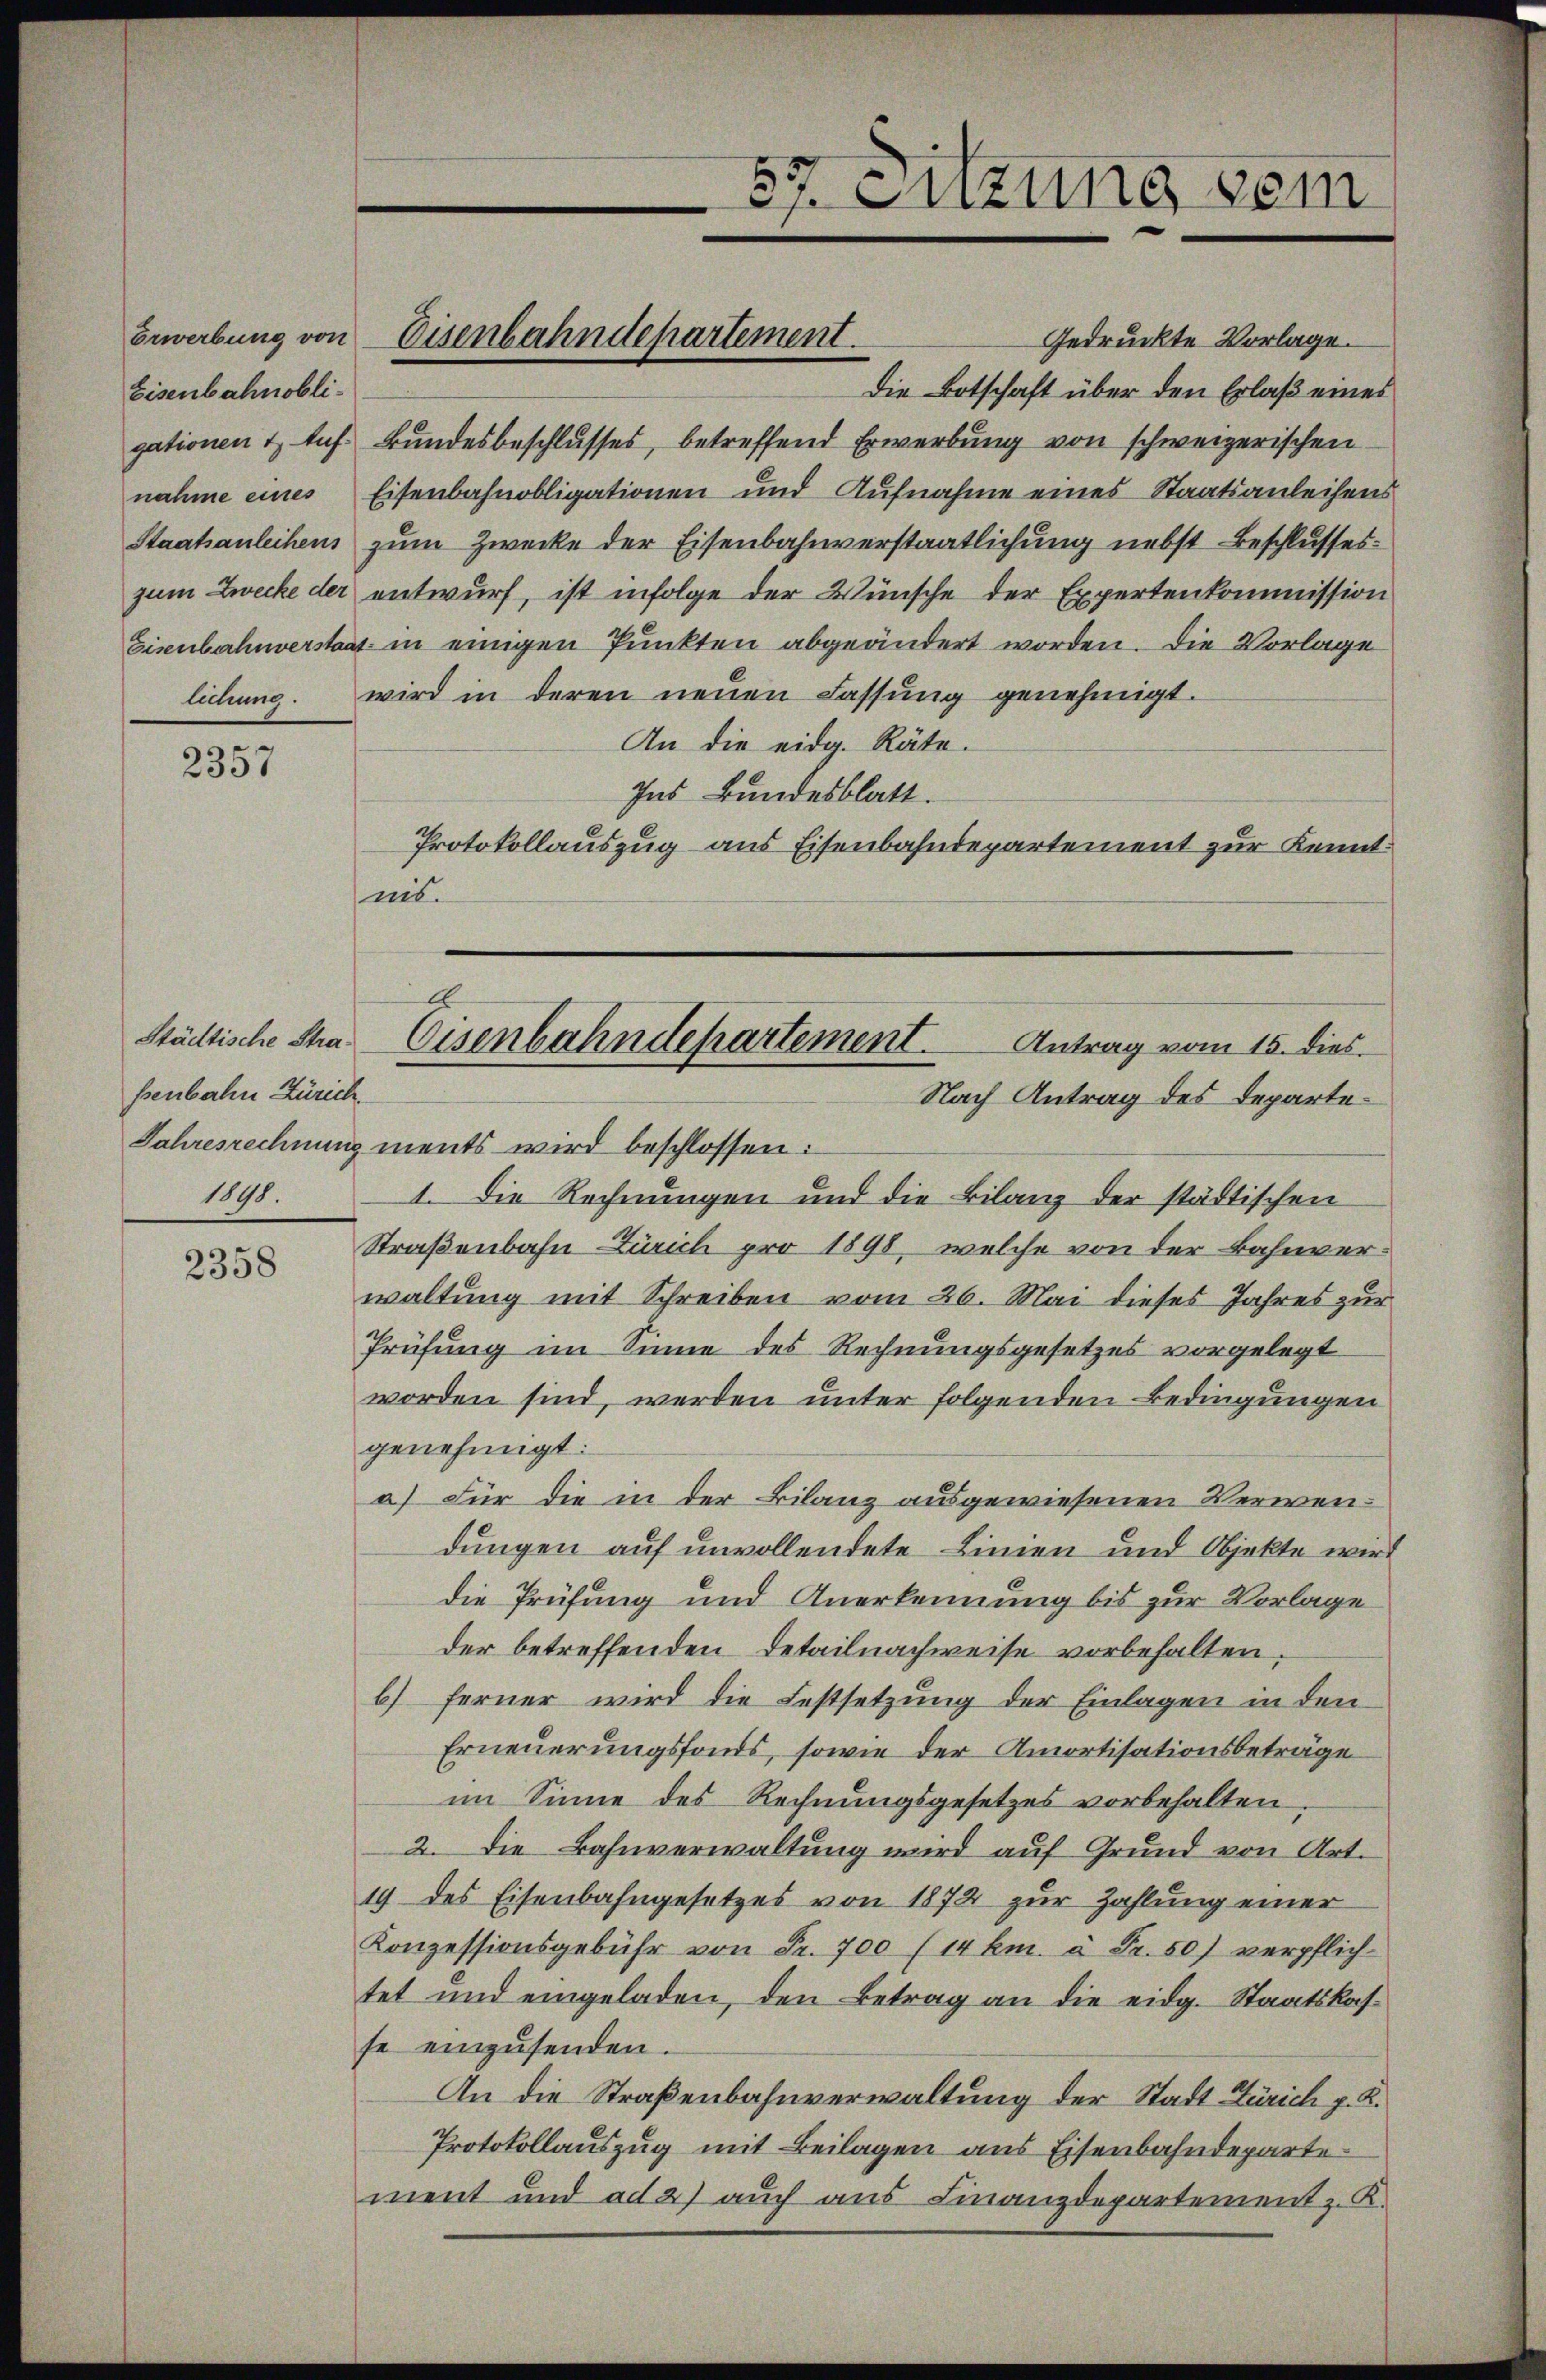
Erwerbung von
Eisenbahnobli-
gationen 4. Auf-
nahme eines
Staatsanleihens

2357

Städtische Straßenbahn Zürich.
1841.

2358

Gedruckte Vorlage.
Die Botschaft über den Erlaß eines
Bundesbeschlusses, betreffend Erwerbung von schweizerischen
Eisenbahnobligationen und Aufnahme eines Staatsanleihens
zum Zwecke der Eisenbahnverstaatlichung nebst Beschlusses
zum Zwecke der entwurf, ist infolge der Wünsche der Expertenkommission
Eisenbahnverstaat in einigen Punkten abgeändert worden. Die Vorlage
lichung. Wird in deren neuen Lassŭng genehmigt.
An die eidg. Räte.
Ins Bundesblatt.
Protokollauszug aus Eisenbahndepartement zur Kenntnis.
Jahresrechnung ments wird beschlossen:
1. Die Rechnungen und die Bilanz der städtischen
Straßenbahn Zürich pro 1898, welche von der Bahnverwaltung mit Schreiben vom 26. Mai dieses Jahres zur
Prüfung im Sinne des Rechnungsgesetzes vorgelegt
worden sind, werden unter folgenden Bedingungen
genehmigt:
a) Für die in der Bilanz ausgewiesenen Verwendungen auf unvollendete Linien und Objekte wird
die Prüfung und Anerkennung bis zur Vorlage
der betreffenden Detail nachweise vorbehalten.
b) Ferner wird die Festsetzung der Einlagen in den
Erneuerungsfonds, sowie der Amortisationsbeträge
im Sinne des Rechnungsgesetzes vorbehalten
2. Die Bahnverwaltung wird auf Grund von Art.
19 des Eisenbahngesetzes von 1874 zur Zahlung einer
Konzessionsgebühr von Fr. 700 (14 km. à Fr. 50) verpflich-
tet und eingeladen, den Betrag an die eidg. Staatskasse einzŭsenden.
An die Straßenbahnverwaltung der Stadt Zürich p. K.
Protokollauszug mit Beilagen aus Eisenbahndeparte
ment und ad 2) auch aus Finanzdepartement z. K.

Eisenbahndepartement.

37. Sitzung sein

G
Eisenbahndepartement.
Antrag vom 15. dies
Nach Antrag des Departe¬